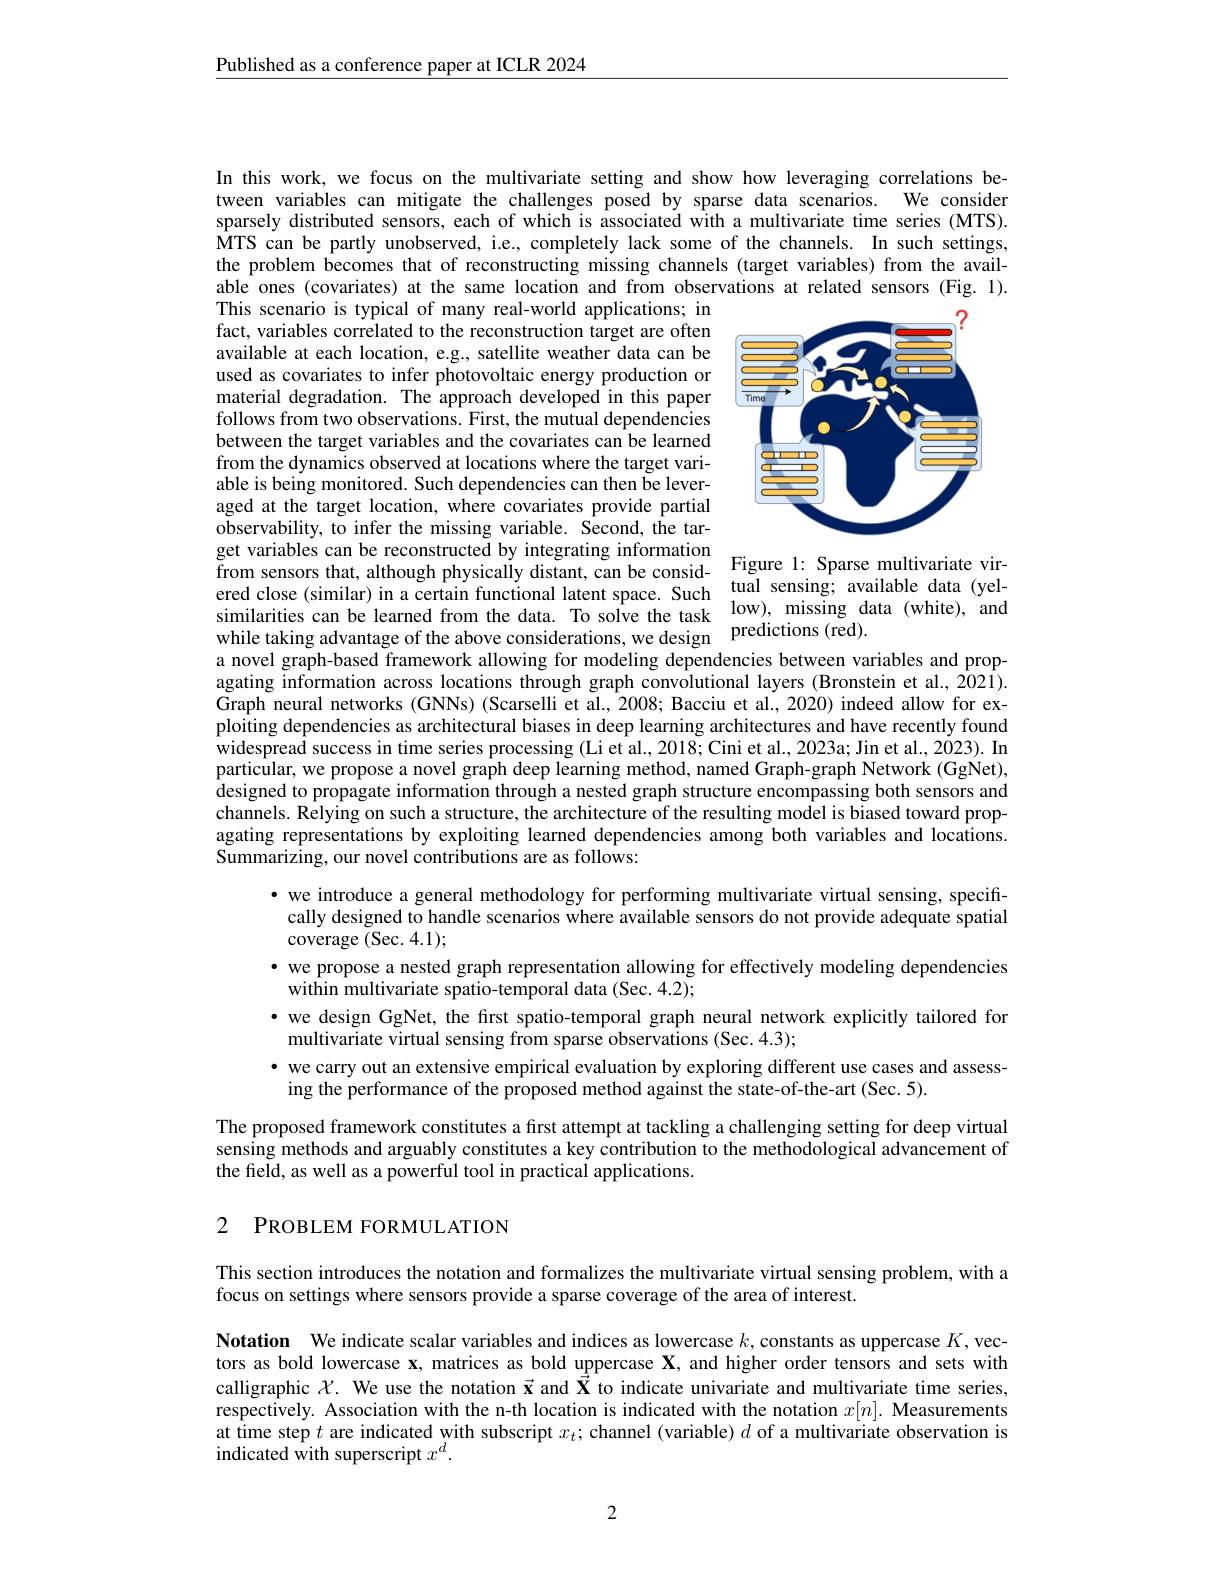
Published as a conference paper at ICLR 2024

In this work, we focus on the multivariate setting and show how leveraging correlations between variables can mitigate the challenges posed by sparse data scenarios. We consider sparsely distributed sensors, each of which is associated with a multivariate time series (MTS). MTS can be partly unobserved, i.e., completely lack some of the channels. In such settings, the problem becomes that of reconstructing missing channels (target variables) from the available ones (covariates) at the same location and from observations at related sensors (Fig. 1). This scenario is typical of many real-world applications; in

<FigureHere>

fact, variables correlated to the reconstruction target are often available at each location, e.g., satellite weather data can be used as covariates to infer photovoltaic energy production or material degradation. The approach developed in this paper follows from two observations. First, the mutual dependencies between the target variables and the covariates can be learned from the dynamics observed at locations where the target variable is being monitored. Such dependencies can then be leveraged at the target location, where covariates provide partial observability, to infer the missing variable. Second, the target variables can be reconstructed by integrating information Figure 1: Sparse multivariate vir- $f$ rom sensors that, although physically distant, can be consid- Sparse multivariate virIOnI sCIsOis ulat, aimilar) in a certain functional latent space. Suchtual sensing; available data( yel- ) ered close ( similar) in a certain functional latent space. Suchtual sensing; available data( yel- ) ered. close ( similar) in a certain f similarities can be learned from the data. To solve the task low), missing data (white), and sı mı ları tı es can be learned from the data. Io solve the task while taking advantage of the above considerations, we design a novel graph- based framework allowing for modeling dependencies between variables and prop- a novel graph- based frame agating information across locations through graph convolutional layers (Bronstein et al., 2021). Graph neural networks (GNNs) (Scarselli et al., 2008; Bacciu et al., 2020) indeed allow for exploiting dependencies as architectural biases in deep learning architectures and have recently found widespread success in time series processing (Li et al., 2018; Cini et al., 2023a; Jin et al., 2023). In $\hat{\text{particular, we propose a novel graph deep learning method, named Graph-graph Network (GgNet),}}$

designed to propagate information through a nested graph structure encompassing both sensors and channels. Relying on such a structure, the architecture of the resulting model is biased toward propagating representations by exploiting learned dependencies among both variables and locations. Summarizing, our novel contributions are as follows:

·we introduce a general methodology for performing multivariate virtual sensing, specifically designed to handle scenarios where available sensors do not provide adequate spatial coverage (Sec. 4.1);

· we propose a nested graph representation allowing for effectively modeling dependencies
within multivariate spatio-temporal data (Sec. 4.2);
·we design GgNet, the first spatio-temporal graph neural network explicitly tailored for
multivariate virtual sensing from sparse observations (Sec.4.3);
· we carry out an extensive empirical evaluation by exploring different use cases and assess-
ing the performance of the proposed method against the state-of-the-art (Sec. 5).

The proposed framework constitutes a first attempt at tackling a challenging setting for deep virtual sensing methods and arguably constitutes a key contribution to the methodological advancement of the field, as well as a powerful tool in practical applications.

# 2 PROBLEM FORMULATION

This section introduces the notation and formalizes the multivariate virtual sensing problem, with a
focus on settings where sensors provide a sparse coverage of the area of interest.

Notation We indicate scalar variables and indices as lowercase $k$,constants as uppercase $K$,vectors as bold lowercase x, matrices as bold uppercase $\mathbf{X}$, and higher order tensors and sets with calligraphic $\mathcal{X}.$ We use the notation $\vec{\mathbf{x}}$ and $\vec{\mathbf{X}}$ to indicate univariate and multivariate time series, respectively. Association with the n-th location is indicated with the notation $x[ n] . \textbf{Measurements}$ at time step $t$ are indicated with subscript $x_t;$ channel (variable) $d$ of a multivariate observation is indicated $\hat{\text{with superscript }x^d}.$

2